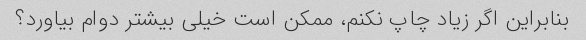
بنابراین اگر زیاد چاپ نکنم، ممکن است خیلی بیشتر دوام بیاورد؟